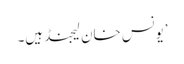
’یونس خان لیجنڈ ہیں۔